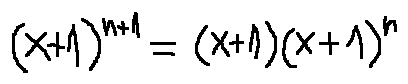
( x + 1 ) ^ { n + 1 } = ( x + 1 ) ( x + 1 ) ^ { n }